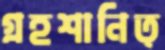
গ্রহশানিত্